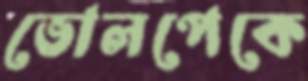
ভোলপেকে